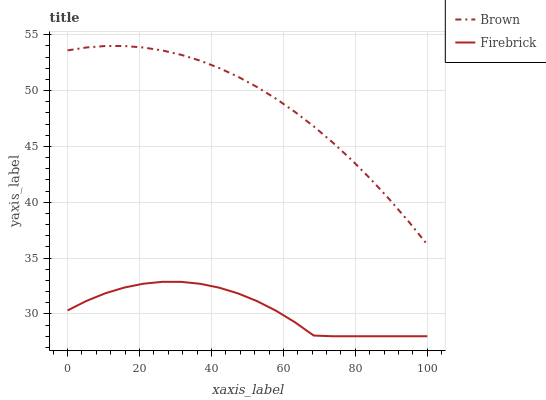
| xaxis_label | Brown | Firebrick |
 | --- | --- | --- |
 | 0 | 53.6 | 30.3 |
 | 5.26 | 53.9 | 31.2 |
 | 10.5 | 54 | 31.9 |
 | 15.8 | 54 | 32.4 |
 | 21.1 | 53.9 | 32.7 |
 | 26.3 | 53.6 | 32.9 |
 | 31.6 | 53.2 | 32.9 |
 | 36.8 | 52.7 | 32.7 |
 | 42.1 | 52 | 32.4 |
 | 47.4 | 51.2 | 31.8 |
 | 52.6 | 50.3 | 31.2 |
 | 57.9 | 49.3 | 30.3 |
 | 63.2 | 48.1 | 29.3 |
 | 68.4 | 46.8 | 28.1 |
 | 73.7 | 45.4 | 28 |
 | 78.9 | 43.8 | 28 |
 | 84.2 | 42.1 | 28 |
 | 89.5 | 40.3 | 28 |
 | 94.7 | 38.3 | 28 |
 | 100 | 36.2 | 28 |